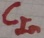
Text: CIn